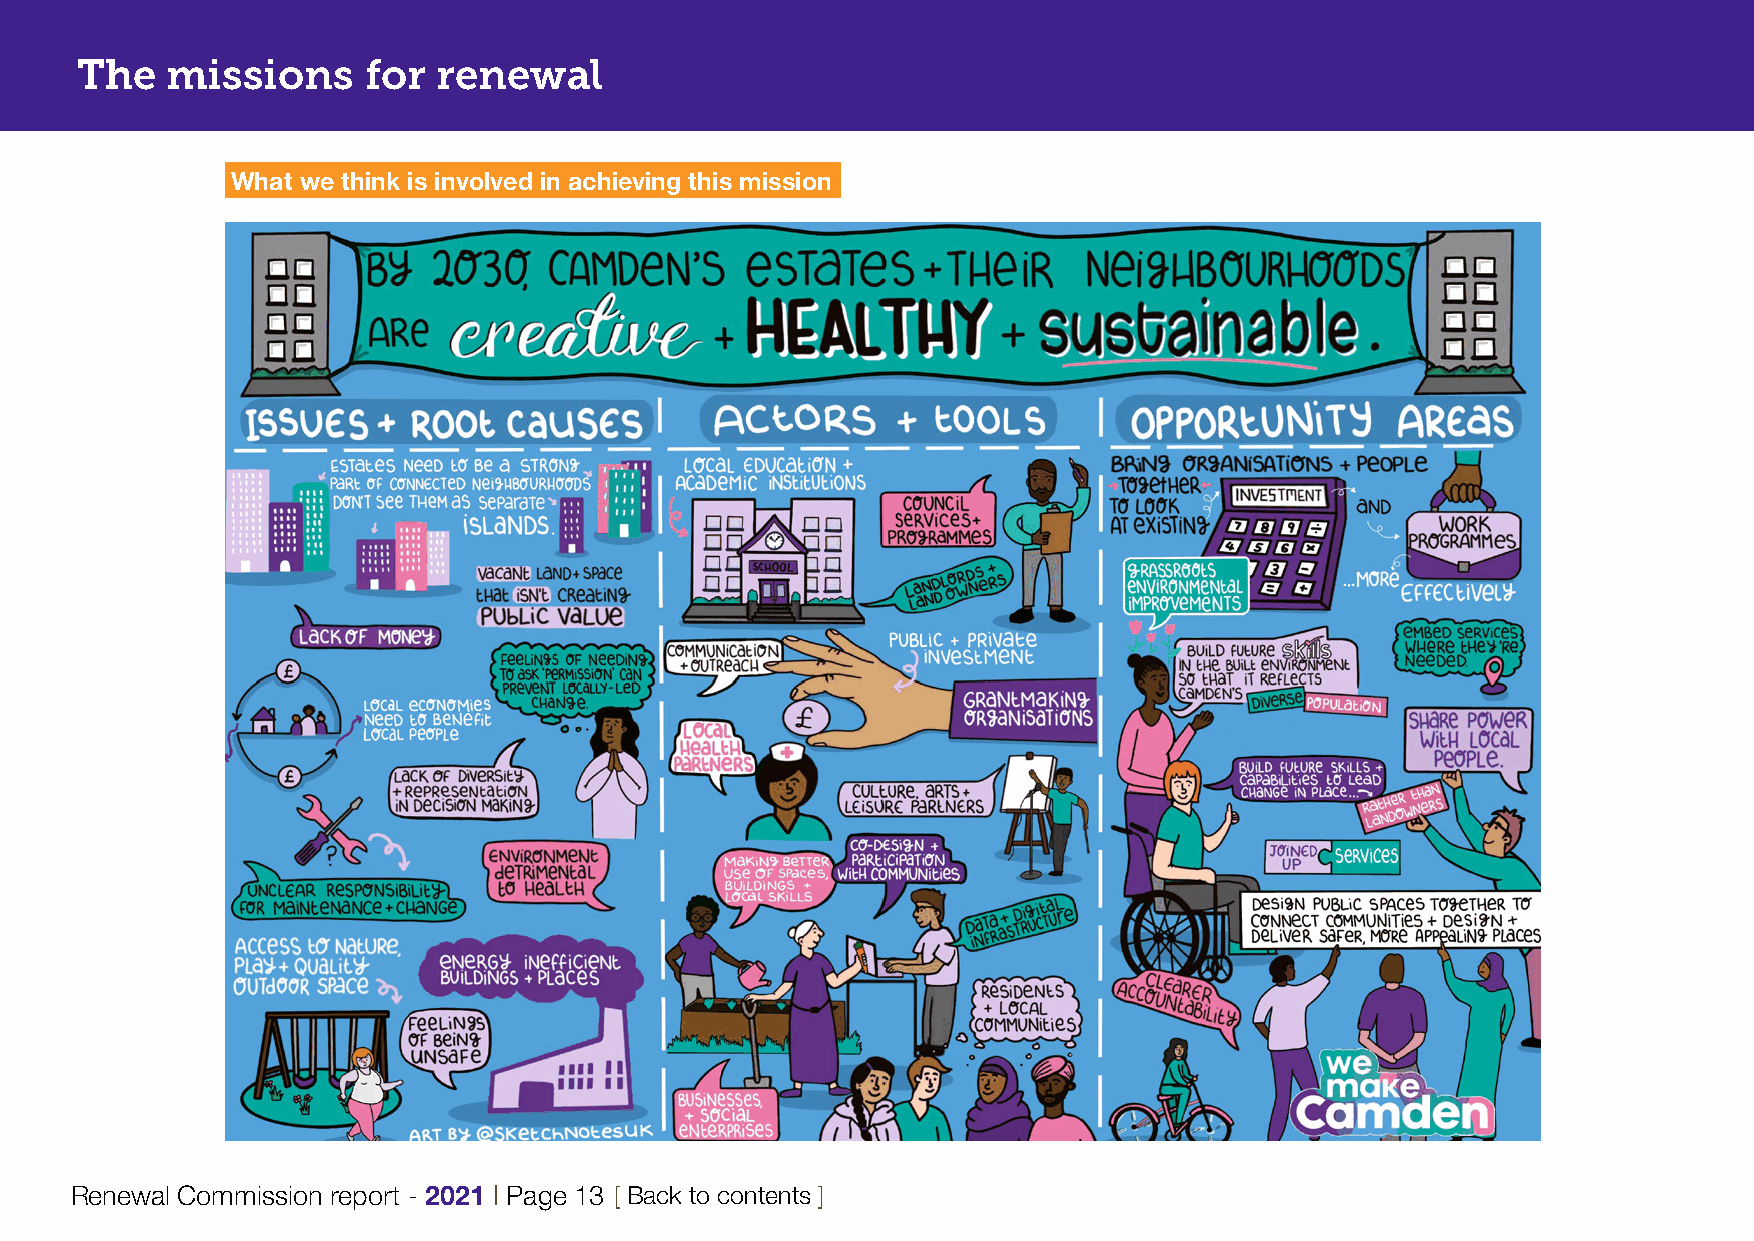
The   missions     for  renewal
 What we think is involved in achieving this mission
 Renewal Commission report - 2021 | Page 13 [ Back to contents ]